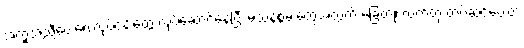
အကူအညီပေးရေးလုပ်ငန်းတွေ လုပ်ဆောင်နေပြီး မသန်စွမ်းတွေအတွက် ခြေတု၊ လက်တု တပ်ဆင်ပေးတဲ့